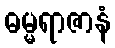
ဓမ္မရာဇာနံ